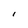
Character: I